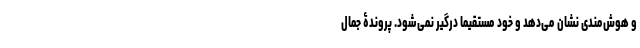
و هوش‌مندی نشان می‌دهد و خود مستقیماً درگیر نمی‌شود. پروندۀ جمال